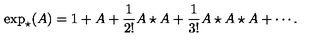
\exp _ { \star } ( A ) = 1 + A + \frac { 1 } { 2 ! } A \star A + \frac { 1 } { 3 ! } A \star A \star A + \cdots .